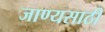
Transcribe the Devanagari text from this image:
जाण्यसाठी